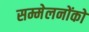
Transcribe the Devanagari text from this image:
सम्मेलनोंको